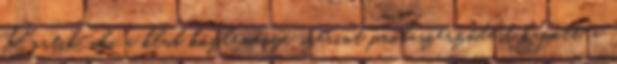
Partik, aki a klub közleménye szerint próbaszerződést kapott, a